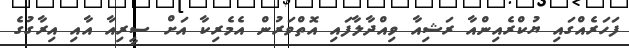
ފަހަރެއްގައި ޔުކްރެއިންއާ ރަޝިއާ ވިއްދާލާފައި އޮތްވަރުން އެމެރިކާ އަށް ސީރިއާ އާއި އިރާގުގެ